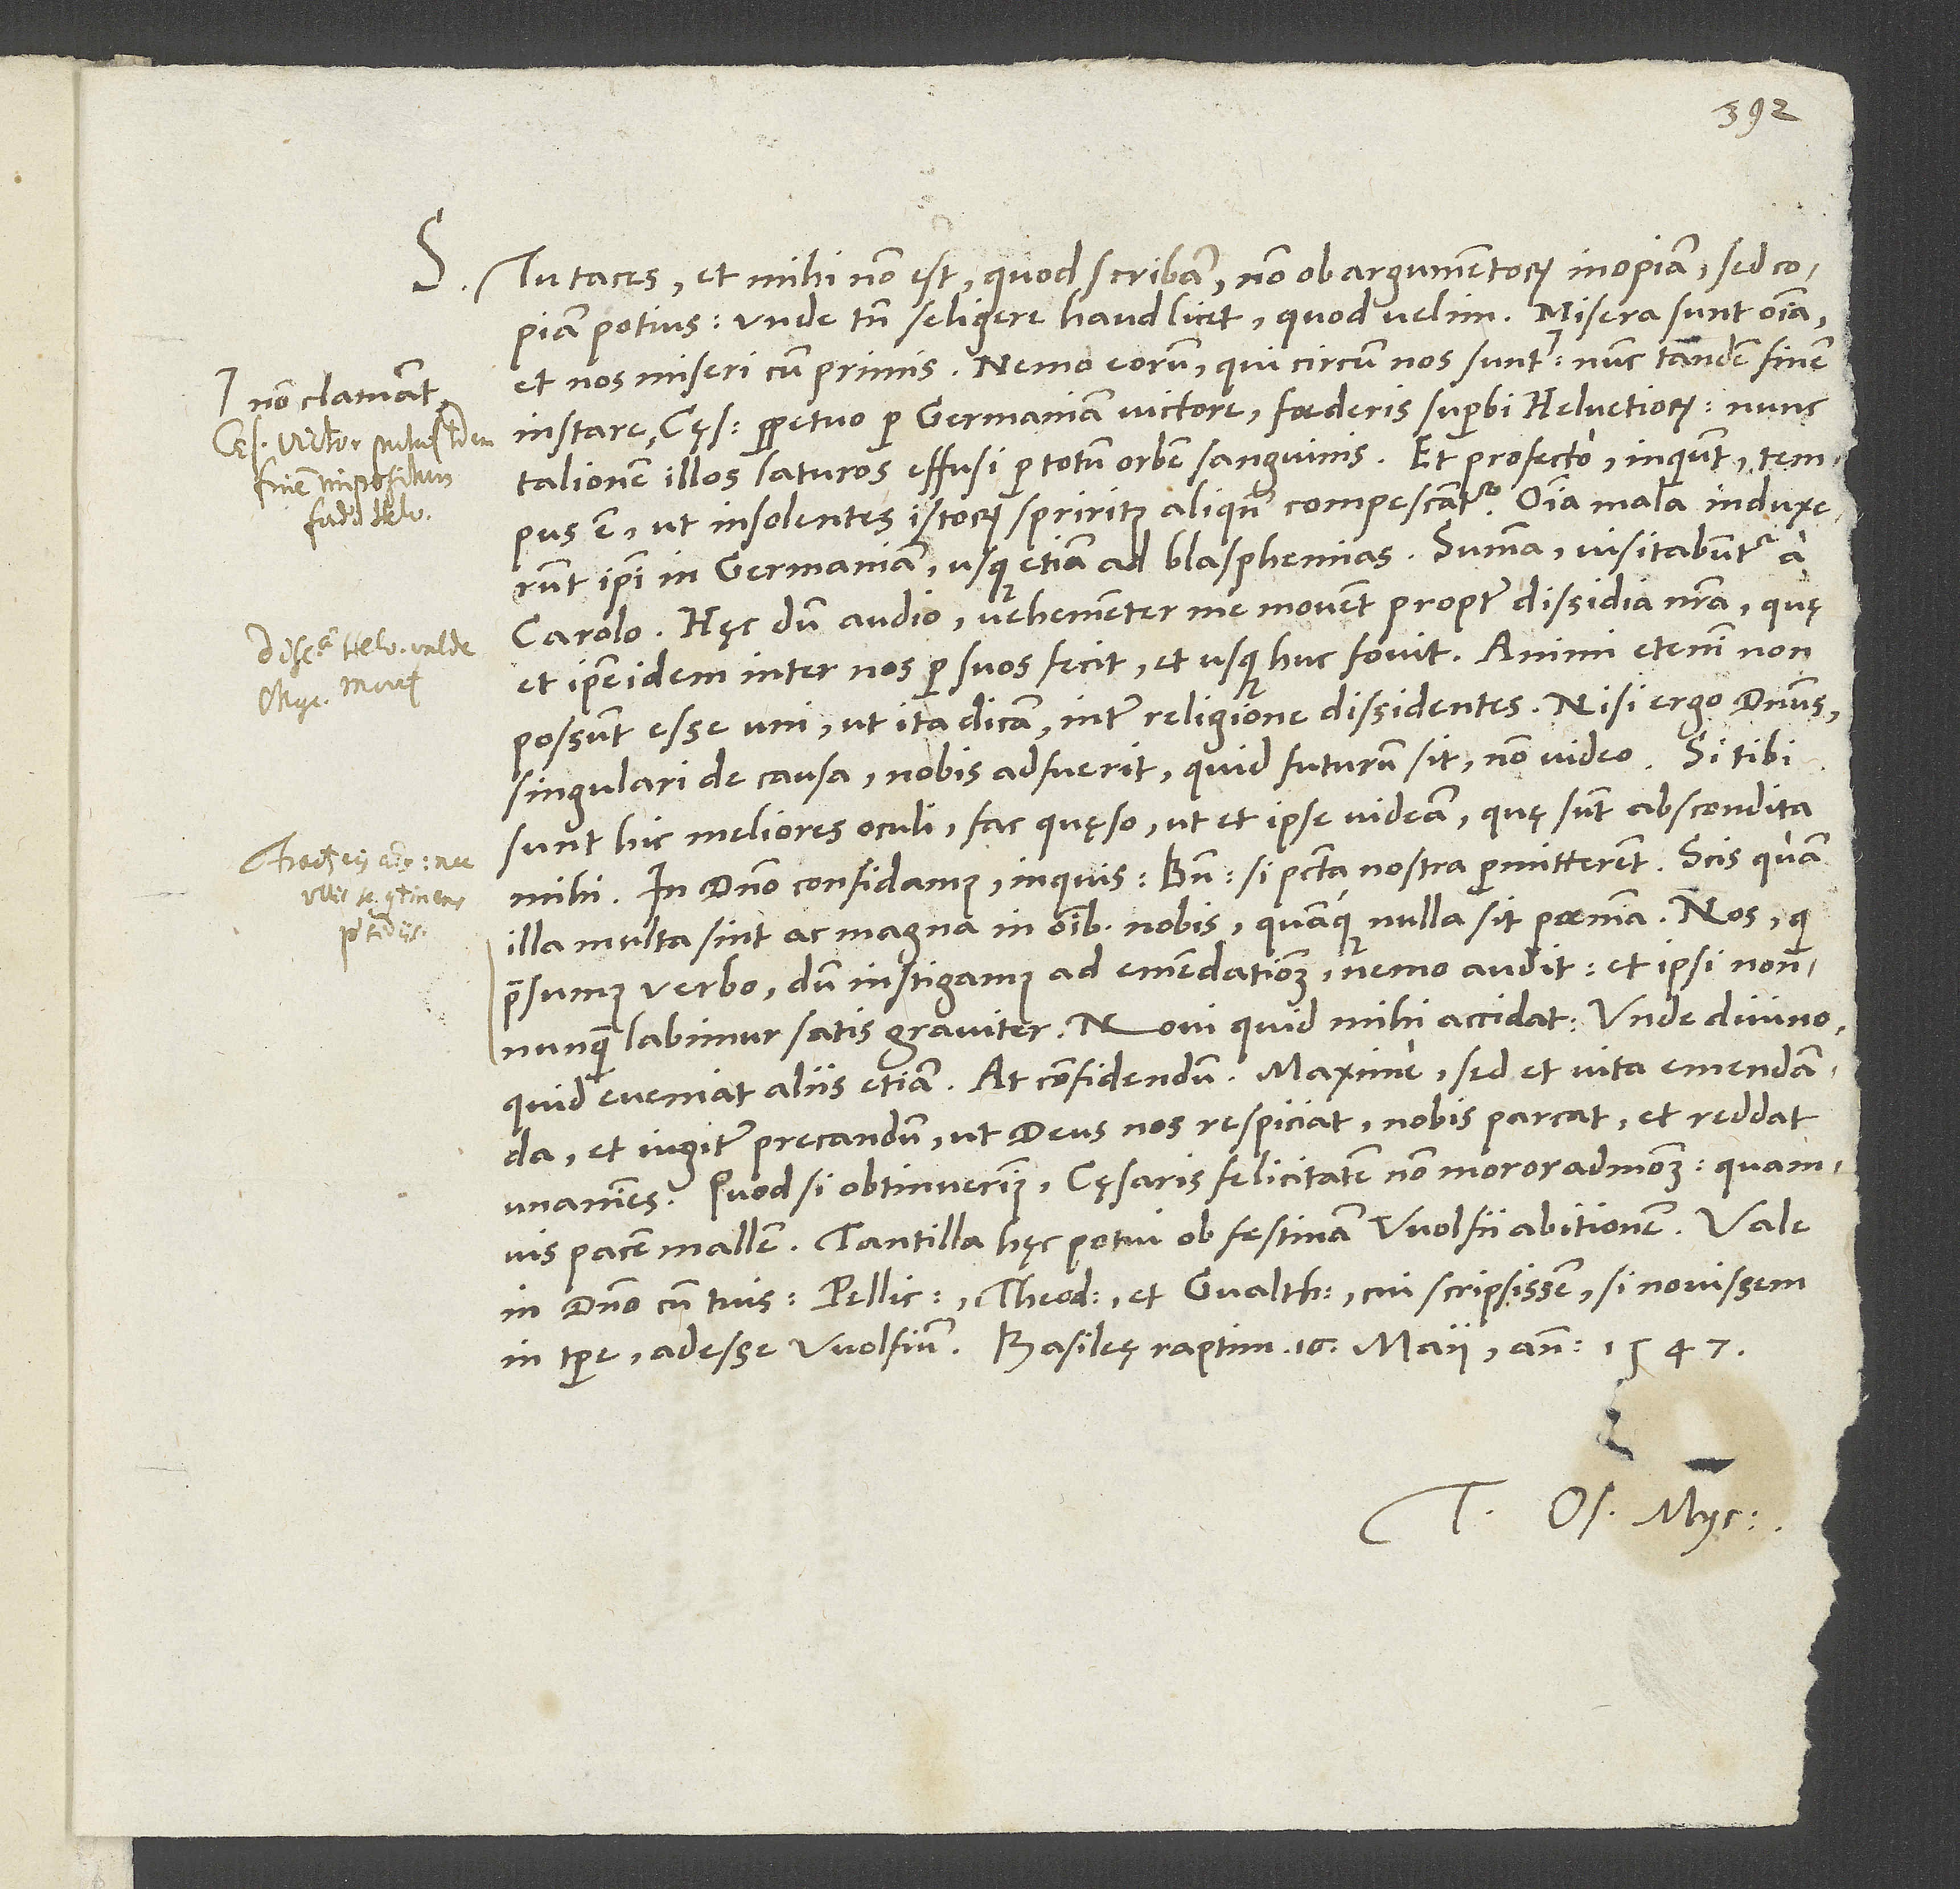
S. Tu taces, et mihi non est, quod scribam, non ob argumentorum inopiam, sed copiam
potius, unde tamen seligere haud licet, quod velim. Misera sunt omnia
et nos miseri cum primis! Nemo eorum, qui circum nos sunt, non clamant
instare cęsare perpetuo per Germaniam victore foederis superbi Helvetiorum; nunc
talionem illos laturos effusi per totum orbem sanguinis! Et profecto, inquiunt, tempus
est, ut insolentes istorum spiritus aliquando compescantur. Omnia mala induxerunt
ipsi in Germaniam usque etiam ad blasphemias! Summa: Visitabuntur a
Hęc dum audio, vehementer me movent propter dissidia nostra, quę
et ipse idem inter nos per suos fecit et usque huc fovit. Animi etenim non
possunt esse uni, ut ita dicam, inter religione dissidentes. Nisi ergo dominus
singulari de causa nobis adfuerit, quid futurum sit, non video.
sunt hic meliores oculi, fac, quęso, ut et ipse videam, quę sunt abscondita
mihi. In domino confidamus, inquis. Bene, si peccata nostra permitterent. Scis, quam
illa multa sint ac magna in omnibus nobis, quamque nulla sit poenitentia!
praesumus verbo, dum instigamus ad emendationem, nemo audit, et ipsi nonnunquam
quid eveniat aliis etiam. At confidendum! Maxime sed et vita emendanda
et iugiter precandum, ut deus nos respiciat, nobis parcat et reddat
unanimes. Quod si obtinuerimus, cęsaris felicitatem non moror admodum, quamvis
Tantilla hęc potui ob festinam Wolfii abitionem. Vale
in domino cum tuis, Pellicano, Theodoro et Gvalthero, cui scripsissem, si novissem
in tempore adesse Wolfium. Basileę, raptim 16. maii anno 1547.
Tuus Os. Myc.